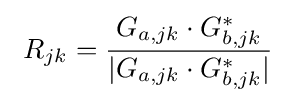
\ R_{jk}={\frac {G_{a,jk}\cdot G_{b,jk}^{*}}{|G_{a,jk}\cdot G_{b,jk}^{*}|}}